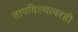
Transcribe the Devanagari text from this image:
तापविल्यावरही